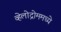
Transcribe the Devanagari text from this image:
व्हेलोद्रोममध्ये